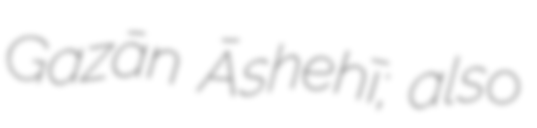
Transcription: Gazān Āshehī; also